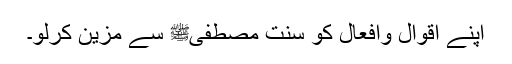
اپنے اقوال وافعال کو سنتِ مصطفیٰﷺ سے مزین کرلو۔